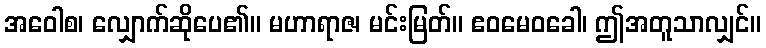
အဝေါစ၊ လျှောက်ဆိုပေ၏။ မဟာရာဇ၊ မင်းမြတ်။ ဧဝမေဝခေါ၊ ဤအတူသာလျှင်။